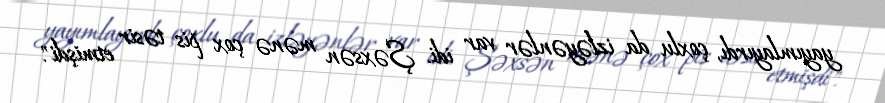
yayımlayırdı, çoxlu da izləyənlər var idi. Şəxsən mənə çox pis təsir etmişdi".